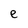
Character: e